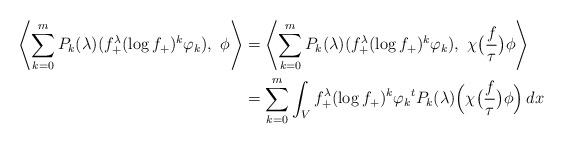
LaTeX: \begin{align*}\left\langle\sum_{k=0}^m P_k(\lambda)(f_+^{\lambda}(\log f_+)^k\varphi_k),\,\,\phi\right\rangle&= \left\langle\sum_{k=0}^m P_k(\lambda)(f_+^{\lambda}(\log f_+)^k\varphi_k),\,\,\chi\bigl(\frac{f}{\tau}\bigr) \phi\right\rangle\\&=\sum_{k=0}^m \int_V f_+^{\lambda}(\log f_+)^k\varphi_k {}^tP_k(\lambda)\Bigl(\chi\bigl(\frac{f}{\tau}\bigr)\phi\Bigr)\,dx\end{align*}